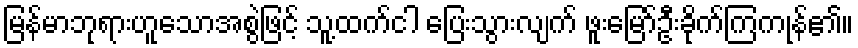
မြန်မာဘုရားဟူသောအစွဲဖြင့် သူ့ထက်ငါ ပြေးသွားလျက် ဖူးမြော်ဦးခိုက်ကြကုန်၏။